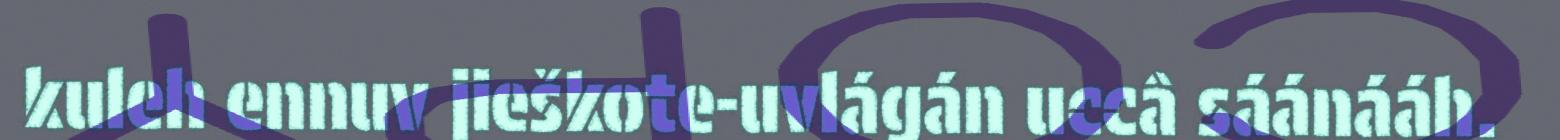
kuleh ennuv jieškote-uvlágán uccâ sáánááh.